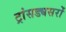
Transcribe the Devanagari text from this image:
ट्रांसड्यसरों